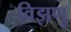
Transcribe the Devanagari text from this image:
विझणु